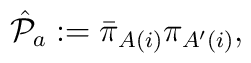
{\hat {\cal P}}_{a}:={\bar \pi}_{A(i)}{\pi}_{A^\prime (i)},